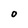
Character: O